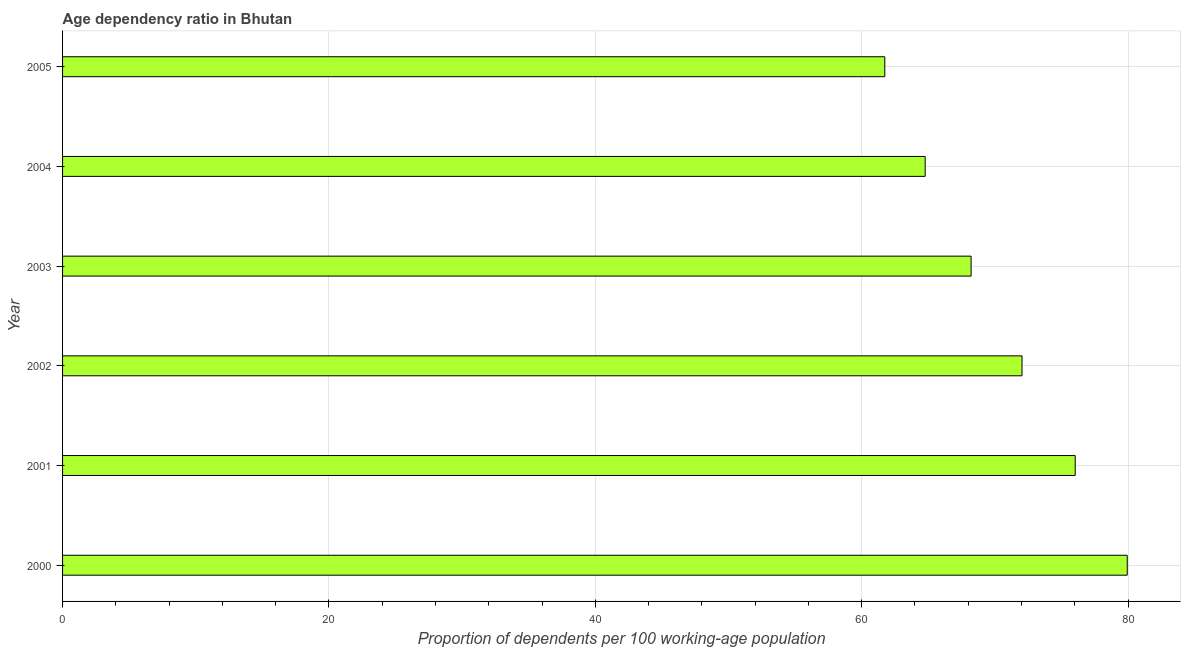
| Year | Age dependency ratio (% of working-age population) |
 | --- | --- |
 | 2000 | 79.9 |
 | 2001 | 76 |
 | 2002 | 72 |
 | 2003 | 68.2 |
 | 2004 | 64.8 |
 | 2005 | 61.7 |